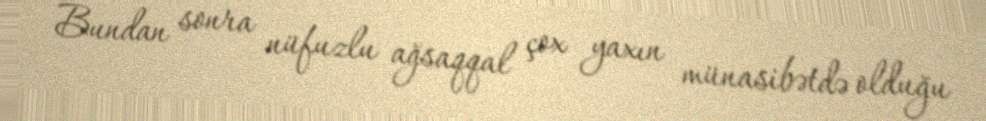
Bundan sonra nüfuzlu ağsaqqal çox yaxın münasibətdə olduğu